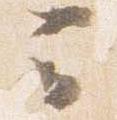
云